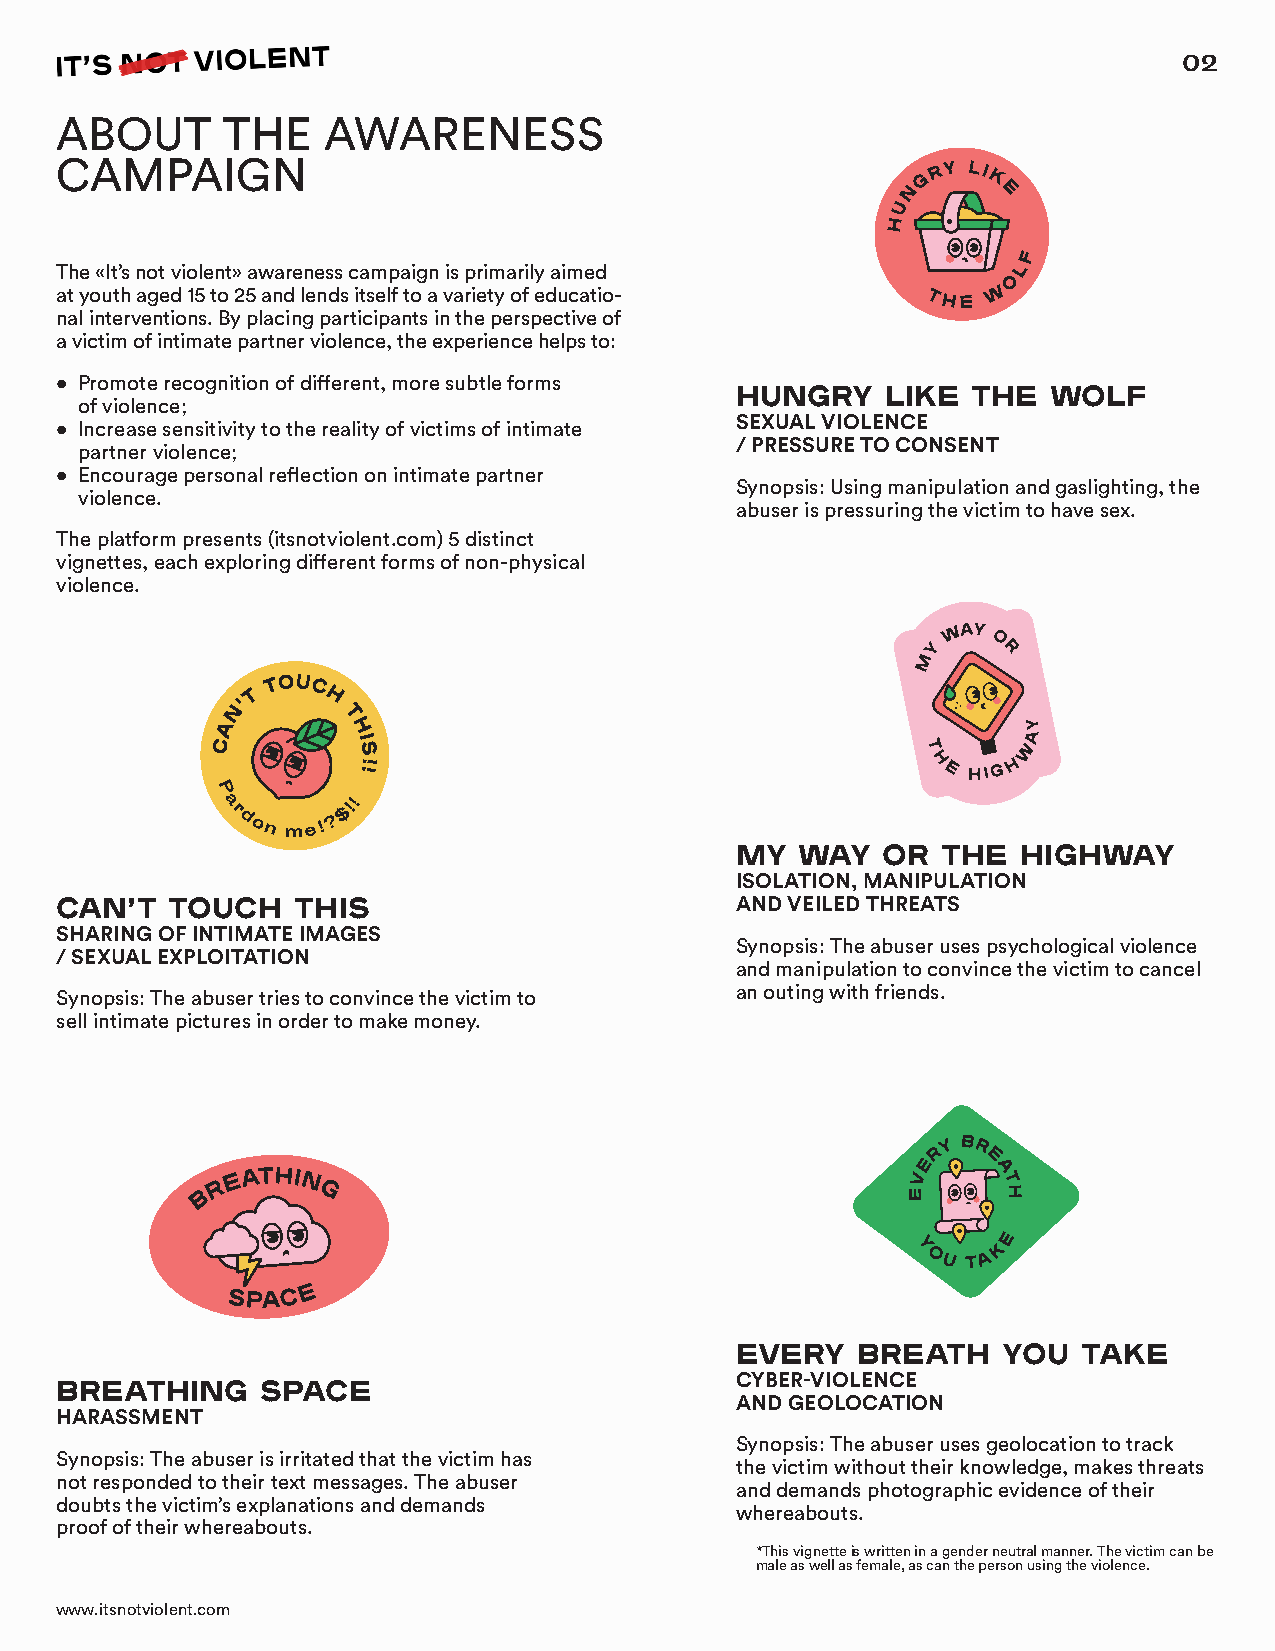
02
 ABOUT      THE   AWARENESS
 CAMPAIGN
 The «It’s not violent» awareness campaign is primarily aimed
 at youth aged 15 to 25 and lends itself to a variety of educatio-
 nal interventions. By placing participants in the perspective of
 a victim of intimate partner violence, the experience helps to:
 • Promote recognition of different, more subtle forms
 HUNGRY    LIKE THE   WOLF
 of violence;
 SEXUAL VIOLENCE
 • Increase sensitivity to the reality of victims of intimate
 / PRESSURE TO CONSENT
 partner violence;
 • Encourage personal reflection on intimate partner
 Synopsis: Using manipulation and gaslighting, the
 violence.
 abuser is pressuring the victim to have sex.
 The platform presents (itsnotviolent.com) 5 distinct
 vignettes, each exploring different forms of non-physical
 violence.
 MY  WAY  OR  THE   HIGHWAY
 ISOLATION, MANIPULATION
 CAN’T  TOUCH    THIS                         AND VEILED THREATS
 SHARING OF INTIMATE IMAGES
 Synopsis: The abuser uses psychological violence
 / SEXUAL EXPLOITATION
 and manipulation to convince the victim to cancel
 an outing with friends.
 Synopsis: The abuser tries to convince the victim to
 sell intimate pictures in order to make money.
 EVERY   BREATH   YOU   TAKE
 CYBER-VIOLENCE
 BREATHING    SPACE
 AND GEOLOCATION
 HARASSMENT
 Synopsis: The abuser uses geolocation to track
 Synopsis: The abuser is irritated that the victim has
 the victim without their knowledge, makes threats
 not responded to their text messages. The abuser
 and demands photographic evidence of their
 doubts the victim’s explanations and demands
 whereabouts.
 proof of their whereabouts.
 *This vignette is written in a gender neutral manner. The victim can be
 male as well as female, as can the person using the violence.
 www.itsnotviolent.com